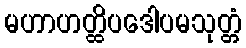
မဟာဟတ္ထိပဒေါပမသုတ္တံ